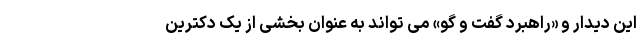
این دیدار و «راهبرد گفت و گو» می تواند به عنوان بخشی از یک دکترین